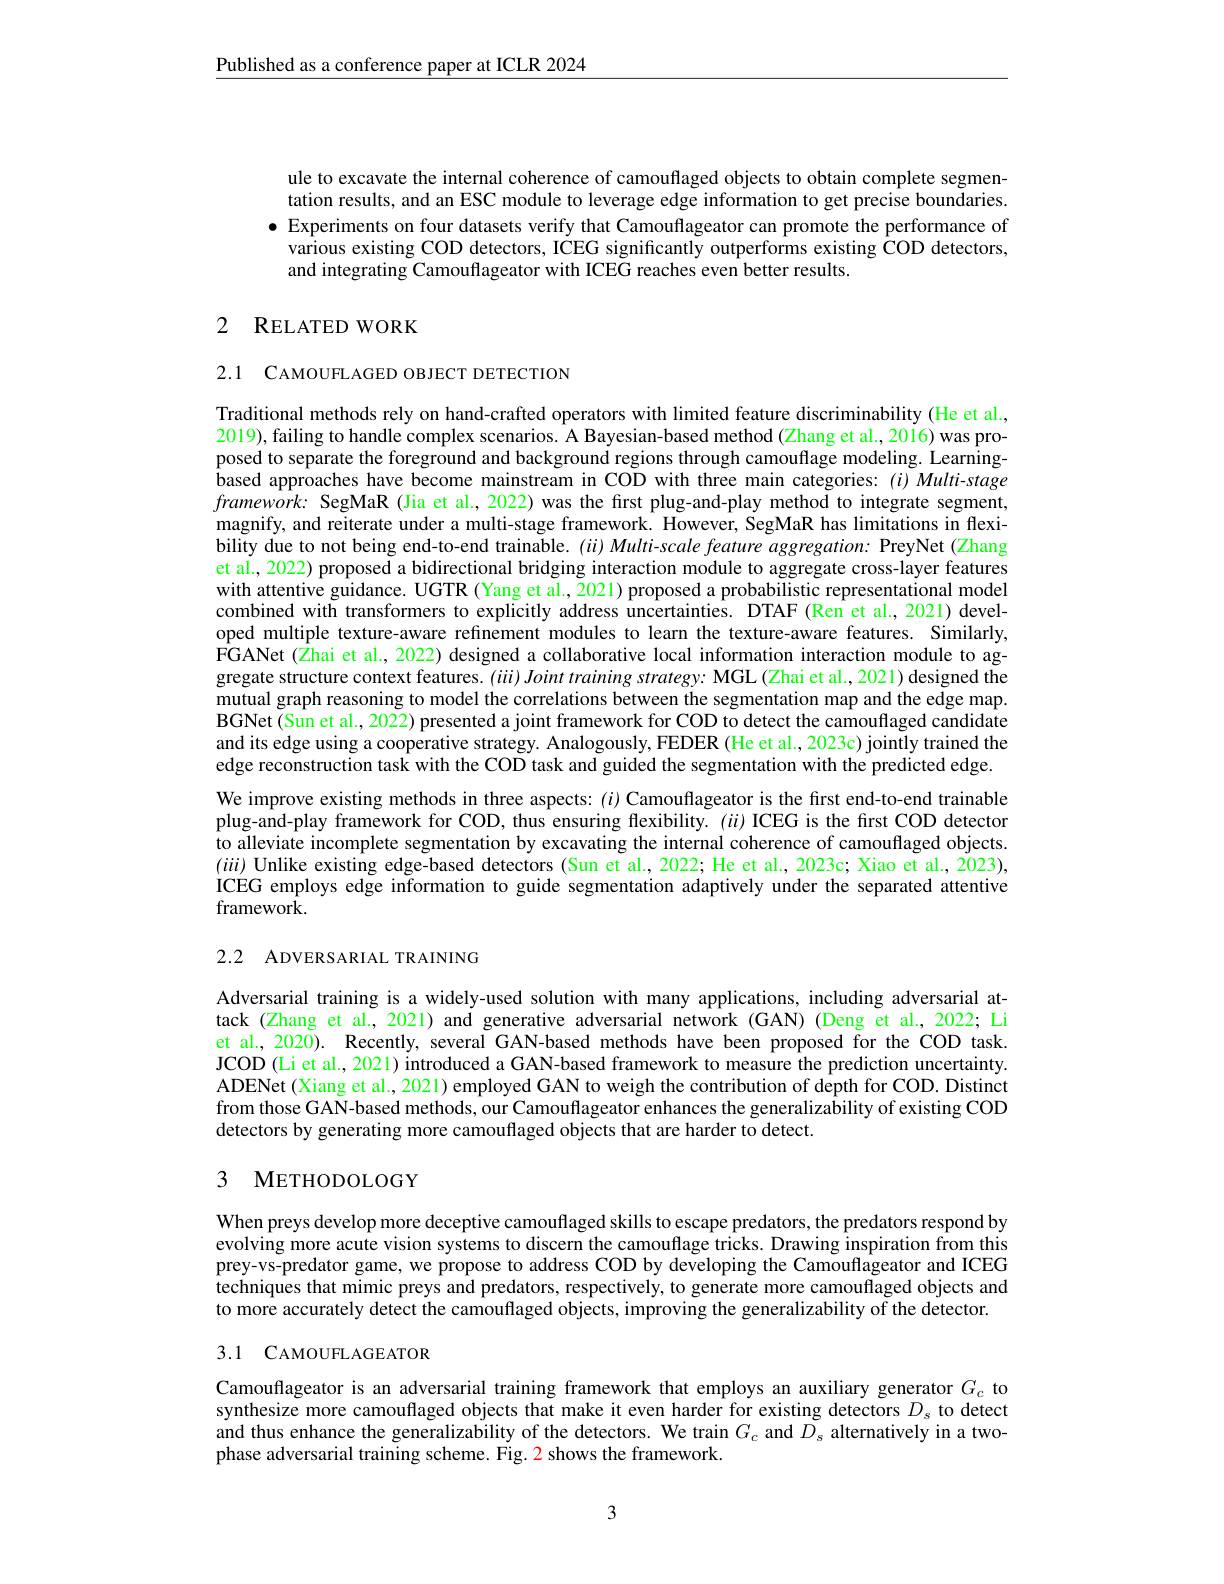
$\underline{\text{Published as a conference paper at ICLR 2024}}$

ule to excavate the internal coherence of camouflaged objects to obtain complete segmentation results, and an ESC module to leverage edge information to get precise boundaries.
$\bullet$ Experiments on four datasets verify that Camouflageator can promote the performance of
various existing COD detectors, ICEG significantly outperforms existing COD detectors,
and integrating Camouflageator with ICEG reaches even better results.

# 2 RELATED WORK

2.1 CAMOUFLAGED OBJECT DETECTION

Traditional methods rely on hand-crafted operators with limited feature discriminability (He et al., 2019),failing to handle complex scenarios. A Bayesian-based method (Zhang et al., 2016) was proposed to separate the foreground and background regions through camouflage modeling. Learningbased approaches have become mainstream in COD with three main categories:(i) Multi-stage $framework:$ SegMaR (Jia et al., 2022) was the first plug-and-play method to integrate segment, magnify, and reiterate under a multi-stage framework. However, SegMaR has limitations in flexibility due to not being end-to-end trainable. ($ii) \textit{Multi- scale feature aggregation: PreyNet }($Zhang et al., 2022) proposed a bidirectional bridging interaction module to aggregate cross-layer features with attentive guidance. UGTR (Yang et al., 2021) proposed a probabilistic representational model combined with transformers to explicitly address uncertainties. DTAF (Ren et al.,2021) developed multiple texture-aware refinement modules to learn the texture-aware features. Similarly, $\hat{\text{FGANet(Zhai et al., 2022) designed a collaborative local information interaction module to ag-}}$ gregate structure context features. ($iii) \textit{Joint training strategy: MGL( Zhai et al. , 2021) designed the}$ mutual graph reasoning to model the correlations between the segmentation map and the edge map. BGNet (Sun et al., 2022) presented a joint framework for COD to detect the camouffaged candidate and its edge using a cooperative strategy. Analogously, FEDER (He et al., 2023c) jointly trained the edge reconstruction task with the COD task and guided the segmentation with the predicted edge. We improve existing methods in three aspects: $(i)$ Camouflageator is the first end-to-end trainable plug-and-play framework for COD, thus ensuring flexibility. ($ii)$ ICEG is the frst COD detector to alleviate incomplete segmentation by excavating the internal coherence of camouflaged objects. $(i\ddot{u})$ Unlike existing edge-based detectors (Sun et al., 2022; He et al., 2023c; Xiao et al., 2023), ICEG employs edge information to guide segmentation adaptively under the separated attentive framework.

2.2 ADVERSARIAL TRAINING

Adversarial training is a widely-used solution with many applications, including adversarial attack (Zhang et al., 2021) and generative adversarial network (GAN) (Deng et al., 2022; Li et al., 2020). Recently, several GAN-based methods have been proposed for the COD task. JCOD (Li et al., 2021) introduced a GAN-based framework to measure the prediction uncertainty. ADENet (Xiang et al., 2021) employed GAN to weigh the contribution of depth for COD. Distinct from those GAN-based methods, our Camouflageator enhances the generalizability of existing COD detectors by generating more camouflaged objects that are harder to detect.

## 3 METHODOLOGY

When preys develop more deceptive camouflaged skills to escape predators, the predators respond by evolving more acute vision systems to discern the camouflage tricks. Drawing inspiration from this prey-vs-predator game, we propose to address COD by developing the Camouflageator and ICEG techniques that mimic preys and predators, respectively, to generate more camouflaged objects and to more accurately detect the camouflaged objects, improving the generalizability of the detector.

## 3.1 CAMOUFLAGEATOR

Camouflageator is an adversarial training framework that employs an auxiliary generator $G_c$ to synthesize more camouflaged objects that make it even harder for existing detectors $D_s$ to detect and thus enhance the generalizability of the detectors. We train $G_c$ and $\tilde{D}_s$ alternatively in a twophase adversarial training scheme. Fig. 2 shows the framework.

3